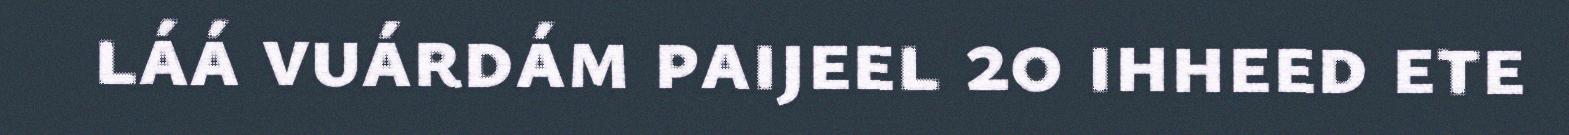
láá vuárdám paijeel 20 ihheed ete